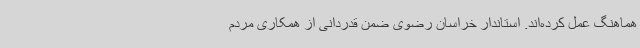
هماهنگ عمل کرده‌اند. استاندار خراسان رضوی ضمن قدردانی از همکاری مردم